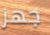
جهز